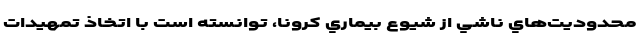
محدوديت‌هاي ناشي از شيوع بيماري كرونا، توانسته است با اتخاذ تمهيدات